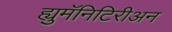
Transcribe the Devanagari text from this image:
ह्युमॅनिटिरीअन